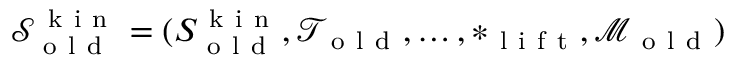
\begin{array} { r } { \mathcal { S } _ { \mathrm { ~ o ~ l ~ d ~ } } ^ { \mathrm { ~ k ~ i ~ n ~ } } = ( S _ { \mathrm { ~ o ~ l ~ d ~ } } ^ { \mathrm { ~ k ~ i ~ n ~ } } , \mathcal { T } _ { \mathrm { ~ o ~ l ~ d ~ } } , \dots , * _ { \mathrm { ~ l ~ i ~ f ~ t ~ } } , \mathcal { M } _ { \mathrm { ~ o ~ l ~ d ~ } } ) } \end{array}